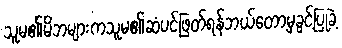
သူမ၏မိဘများကသူမ၏ဆံပင်ဖြတ်ရန်ဘယ်တော့မှခွင့်ပြုခဲ့